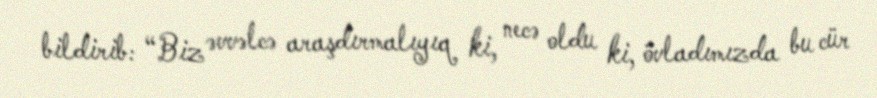
bildirib: “Biz əvvəlcə araşdırmalıyıq ki, necə oldu ki, övladımızda bu cür